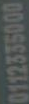
0112335000